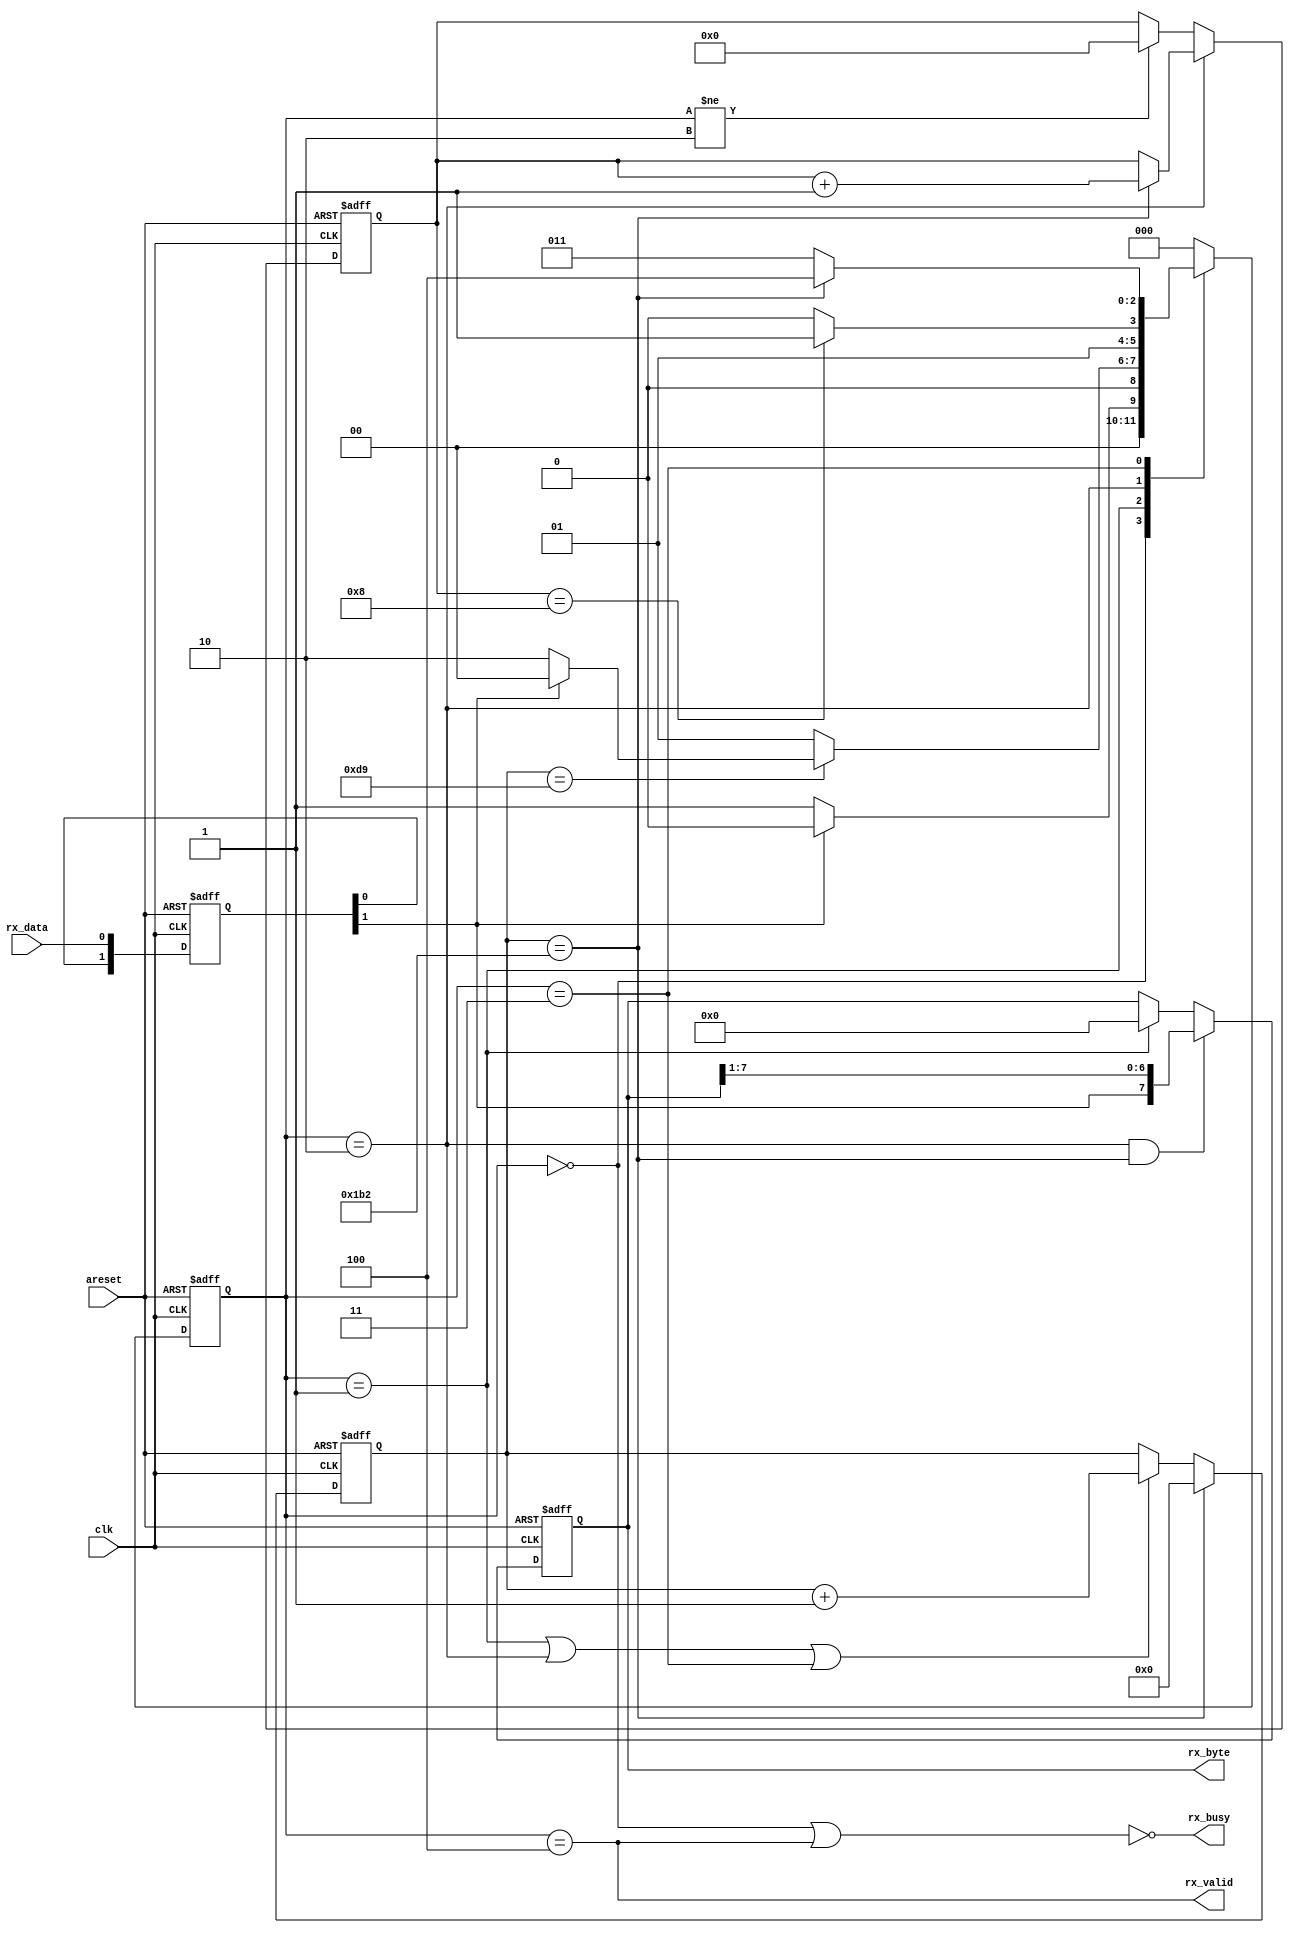
module uart_rx #(
    parameter CLK_FREQ   = 50_000_000,
    parameter BAUD_RATE  = 115200,
    parameter DATA_WIDTH = 8
) (
    input                       clk,
    input                       areset,
    input                       rx_data,
    output [DATA_WIDTH - 1 : 0] rx_byte,
    output                      rx_valid,
    output                      rx_busy
);

    localparam TICKS_PER_BIT = CLK_FREQ / BAUD_RATE;
    localparam COUNT_REG_LEN = 1 + $clog2(TICKS_PER_BIT);

    // States
    localparam [2:0] IDLE_S      = 3'b000,
                     START_BIT_S = 3'b001,
                     DATA_BITS_S = 3'b010,
                     STOP_BIT_S  = 3'b011,
                     CLEANUP_S   = 3'b100;
    
    reg [2:0] state, next_state;

    always @(posedge clk or negedge areset) begin
        if(!areset)
            state <= IDLE_S;
        else begin
            state <= next_state;
        end
    end

    reg [1:0] rx_data_ff;
    always @(posedge clk or negedge areset) begin
        if(!areset)
            rx_data_ff <= {2{1'b1}};
        else begin
            rx_data_ff <= {rx_data_ff[0], rx_data};
        end
    end

    reg [COUNT_REG_LEN - 1 : 0] ticks_counter;
    wire next_bit      = (ticks_counter == TICKS_PER_BIT);
    wire next_bit_half = (ticks_counter == (TICKS_PER_BIT >> 1)); 
    always @(posedge clk or negedge areset) begin
        if(!areset)
            ticks_counter <= {COUNT_REG_LEN{1'b0}};
        else if (next_bit) begin
            ticks_counter <= {COUNT_REG_LEN{1'b0}};
        end
        else if (state == START_BIT_S ||
                 state == DATA_BITS_S ||
                 state == STOP_BIT_S    ) begin
            ticks_counter <= ticks_counter + 1'b1;
        end
    end

    reg [3:0] bit_counter;
    wire rx_bits_done = (bit_counter == DATA_WIDTH);
    always @(posedge clk or negedge areset) begin
        if(!areset)
            bit_counter <= {4{1'b0}};
        else if (state == DATA_BITS_S) begin
            if(next_bit)
                bit_counter <= bit_counter + 1'b1;
        end
        else if (state != DATA_BITS_S) begin
            bit_counter <= {4{1'b0}};
        end
    end

    // Next state logic
    always @(*) begin
        next_state = state;
        case(state)
            IDLE_S     : next_state = !rx_data_ff[1] ? START_BIT_S : IDLE_S;
            START_BIT_S: begin
                if(next_bit_half) begin
                    if(!rx_data_ff[1])
                        next_state = DATA_BITS_S;
                    else
                        next_state = IDLE_S;
                end
                else begin
                    next_state = START_BIT_S;
                end
            end
            DATA_BITS_S: next_state = rx_bits_done   ? STOP_BIT_S  : DATA_BITS_S;
            STOP_BIT_S : next_state = next_bit       ? CLEANUP_S   : STOP_BIT_S;
            CLEANUP_S  : next_state = IDLE_S;
            default    : next_state = IDLE_S;
        endcase
    end

    reg [DATA_WIDTH - 1 : 0] rx_data_buff;
    always @(posedge clk or negedge areset) begin
        if(!areset)
            rx_data_buff <= {DATA_WIDTH{1'b0}};
        else begin
            if(state == DATA_BITS_S && next_bit)
                rx_data_buff <= {rx_data_ff[1], rx_data_buff[7:1]};
            else if(state == START_BIT_S)
                rx_data_buff <= {DATA_WIDTH{1'b0}};
        end
    end

    assign rx_byte  = rx_data_buff;
    assign rx_valid = (state == CLEANUP_S);
    assign rx_busy  = !((state == IDLE_S) || (state == CLEANUP_S));

endmodule